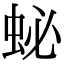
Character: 䖩